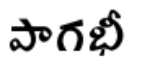
పాగభీ